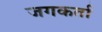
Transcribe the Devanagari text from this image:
जगकर्ता